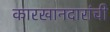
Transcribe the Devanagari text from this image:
कारखानदारांची